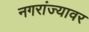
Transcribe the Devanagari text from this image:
नगरांज्यावर